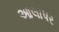
આલાપર